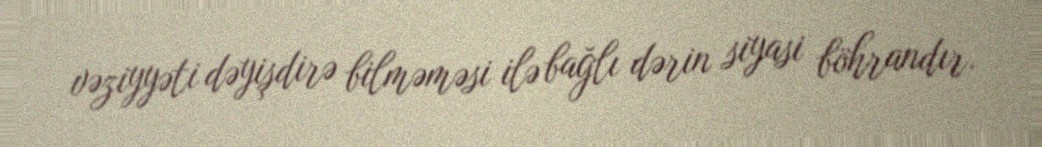
vəziyyəti dəyişdirə bilməməsi ilə bağlı dərin siyasi böhrandır.